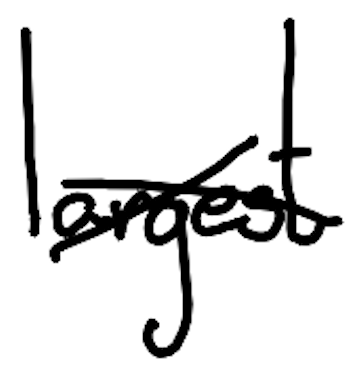
Text: largest
Cross-out: mix
Writing tool: digital_black